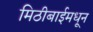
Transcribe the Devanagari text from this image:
मिठीबाईमधून